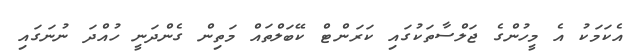
އެކަމަކު އެ މީހުންގެ ޖަލްސާތަކުގައި ކަރަންޓް ކޭބަލްތައް މަތިން ގެންދަނީ ހުއްދަ ނުނަގައި